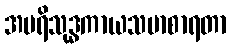
အပရိသုဒ္ဓကာယသမာစာရတာ